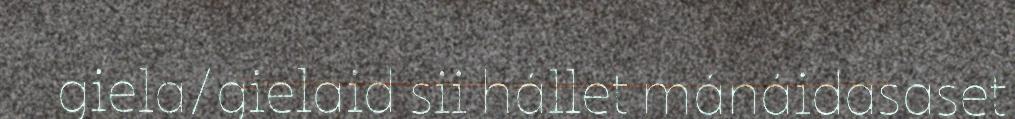
giela/gielaid sii hállet mánáidasaset